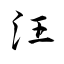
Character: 汪